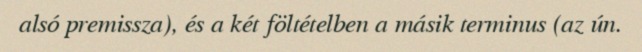
alsó premissza), és a két föltételben a másik terminus (az ún.